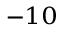
^ { - 1 0 }